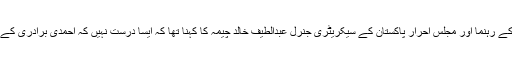
جماعتِ احمدیہ کی رپورٹ پر تبصرہ کرتے ہوئے ختمِ نبوت کے رہنما اور مجلسِ احرار پاکستان کے سیکریٹری جنرل عبدالطیف خالد چیمہ کا کہنا تھا کہ ایسا درست نہیں کہ احمدی برادری کے افراد کو سیاست سے دور رکھنے کی کوشش کی جا رہی ہے۔